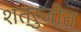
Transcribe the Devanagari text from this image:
शत्रुजीत